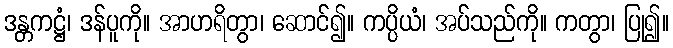
ဒန္တကဋ္ဌံ၊ ဒန်ပူကို။ အာဟရိတွာ၊ ဆောင်၍။ ကပ္ပိယံ၊ အပ်သည်ကို။ ကတွာ၊ ပြု၍။